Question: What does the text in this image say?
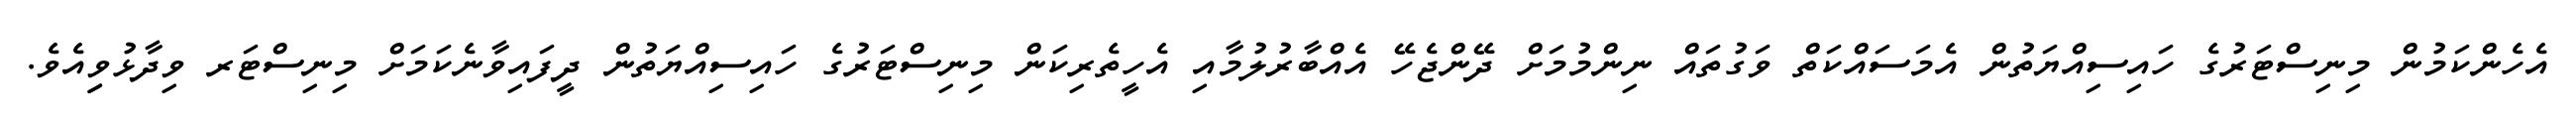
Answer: އެހެންކަމުން މިނިސްޓަރުގެ ހައިސިއްޔަތުން އެމަސައްކަތް ވަގުތައް ނިންމުމަށް ދޭންޖެހޭ އެއްބާރުލުމާއި އެހީތެރިކަން މިނިސްޓަރުގެ ހައިސިއްޔަތުން ދީފައިވާނެކަމަށް މިނިސްޓަރ ވިދާޅުވިިއެވެ.